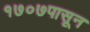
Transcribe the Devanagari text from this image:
१७०७पासून